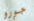
جورو